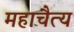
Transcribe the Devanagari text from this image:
महाचैत्‍य